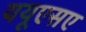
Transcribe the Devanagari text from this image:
ययूएसए